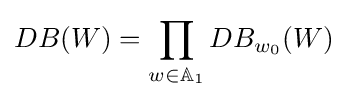
DB(W)=\prod _{w\in \mathbb {A} _{1}}DB_{w_{0}}(W)